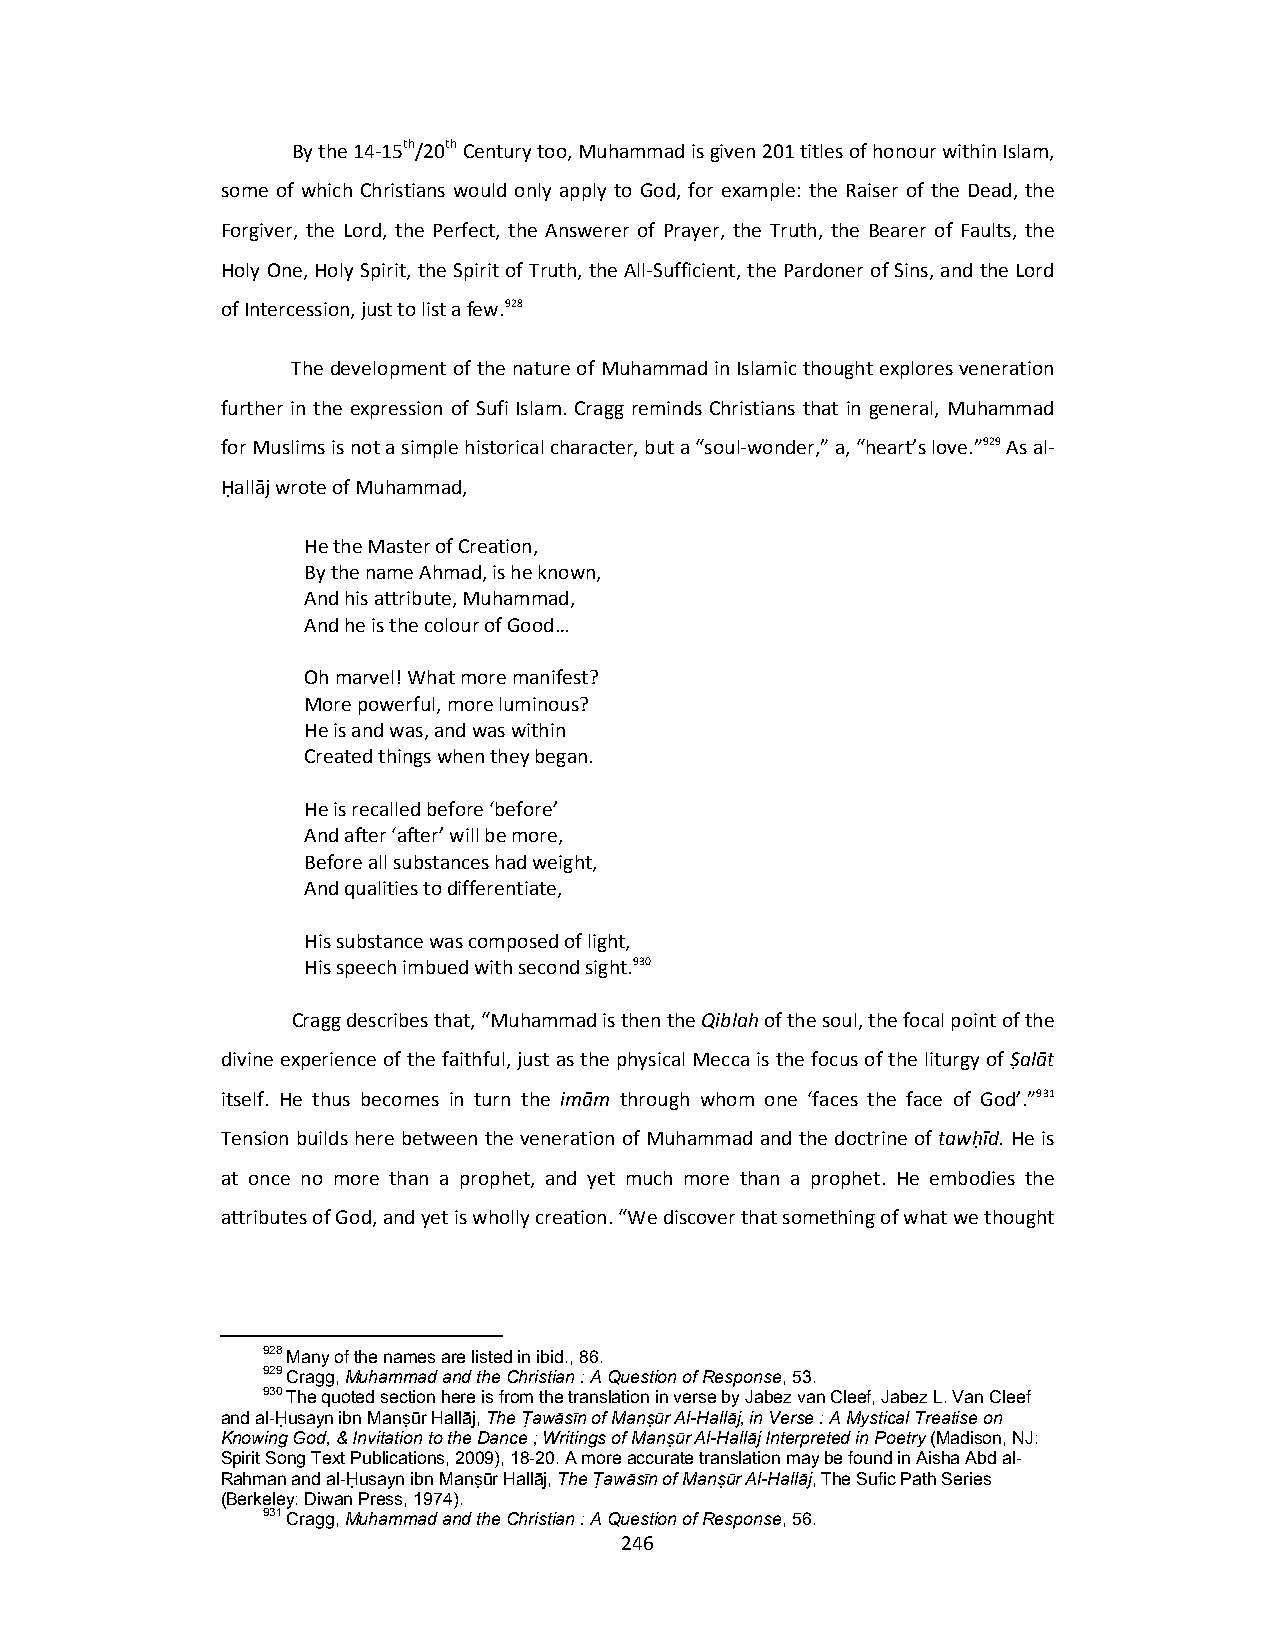
By the 14‐15th/20th Century too, Muhammad is given 201 titles of honour within Islam,
 some of which Christians would only apply to God, for example: the Raiser of the Dead, the
 Forgiver, the Lord, the Perfect, the Answerer of Prayer, the Truth, the Bearer of Faults, the
 Holy One, Holy Spirit, the Spirit of Truth, the All‐Sufficient, the Pardoner of Sins, and the Lord
 of Intercession, just to list a few.928
 The development of the nature of Muhammad in Islamic thought explores veneration
 further in the expression of Sufi Islam. Cragg reminds Christians that in general, Muhammad
 for Muslims is not a simple historical character, but a “soul‐wonder,” a, “heart’s love.”929 As al‐
 Ḥallāj wrote of Muhammad,
 He the Master of Creation,
 By the name Ahmad, is he known,
 And his attribute, Muhammad,
 And he is the colour of Good…
 Oh marvel! What more manifest?
 More powerful, more luminous?
 He is and was, and was within
 Created things when they began.
 He is recalled before ‘before’
 And after ‘after’ will be more,
 Before all substances had weight,
 And qualities to differentiate,
 His substance was composed of light,
 His speech imbued with second sight.930
 Cragg describes that, “Muhammad is then the Qiblah of the soul, the focal point of the
 divine experience of the faithful, just as the physical Mecca is the focus of the liturgy of Ṣalāt
 itself. He thus becomes in turn the imām through whom one ‘faces the face of God’.”931
 Tension builds here between the veneration of Muhammad and the doctrine of tawḥīd. He is
 at once no more than a prophet, and yet much more than a prophet. He embodies the
 attributes of God, and yet is wholly creation. “We discover that something of what we thought
 928 Many of the names are listed in ibid., 86.
 929 Cragg, Muhammad and the Christian : A Question of Response, 53.
 930 The quoted section here is from the translation in verse by Jabez van Cleef, Jabez L. Van Cleef
 and al-Ḥusayn ibn Manṣūr Hallāj, The Ṭawāsīn of Manṣūr Al-Hallāj, in Verse : A Mystical Treatise on
 Knowing God, & Invitation to the Dance ; Writings of Manṣūr Al-Hallāj Interpreted in Poetry (Madison, NJ:
 Spirit Song Text Publications, 2009), 18-20. A more accurate translation may be found in Aisha Abd al-
 Rahman and al-Ḥusayn ibn Manṣūr Hallāj, The Ṭawāsīn of Manṣūr Al-Hallāj, The Sufic Path Series
 (Berkeley: Diwan Press, 1974).
 931 Cragg, Muhammad and the Christian : A Question of Response, 56.
 246